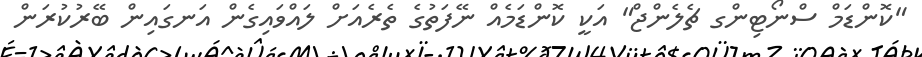
"ކޮންޑަމް ސްނޯޓިންގ ޗެލެންޖް" އަކީ ކޮންޑަމެއް ނޭފަތުގެ ތެރެއަށް ލައްވައިގެން އަނގައިން ބޭރުކުރަން